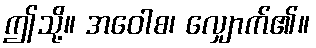
ဤသို့။ အဝေါစ၊ လျှောက်၏။